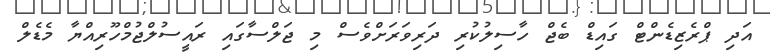
އަދި ޕްރެޒިޑެންޓް ގައިޑް ބެޖް ހާސިލުކުރި ދަރިވަރަށްވެސް މި ޖަލްސާގައި ރައީސުލްޖުމްހޫރިއްޔާ މެޑެލް